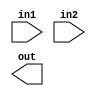
module mod_a (
    input in1, in2,
    output out
    );

endmodule